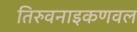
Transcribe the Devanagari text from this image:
तिरुवनाइकणवल